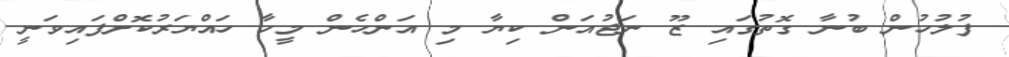
ފުލުހުން ބުނާ ގޮތުގައި ޒޫ ނަޖުއަން ކިޔާ މި އަންހެން މީހާ ހައްޔަރުކޮށްފައިވަނީ